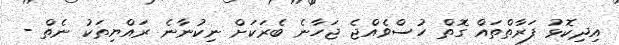
އިދިކޮޅު ފަރާތްތައް ގޮތް ހުސްވެއްޖެ ޖަހާނެ ބެރަކަށް ނިކުނާނެ ރައްޔިތަކު ނެތް -